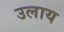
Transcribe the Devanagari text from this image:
उलाय